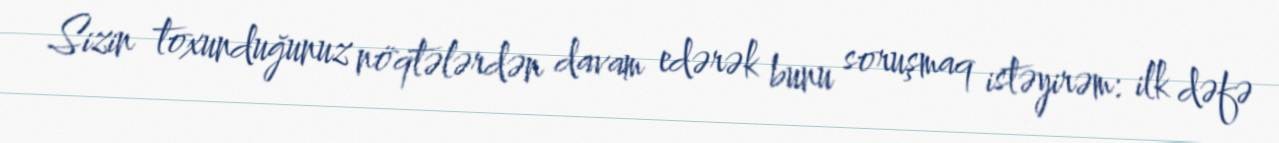
Sizin toxunduğunuz nöqtələrdən davam edərək bunu soruşmaq istəyirəm: ilk dəfə